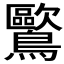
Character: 𲍨